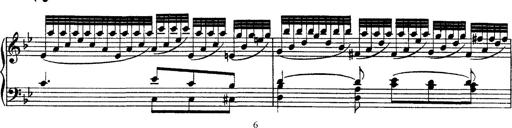
Title: Grandes Ã©tudes de Paganini
Composer: Franz Liszt